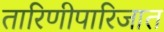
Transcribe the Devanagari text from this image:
तारिणीपारिजात